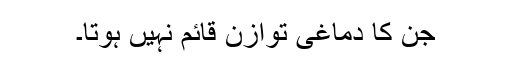
جن کا دماغی توازن قائم نہیں ہوتا۔